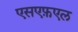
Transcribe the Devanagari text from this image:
एसएफ़एल